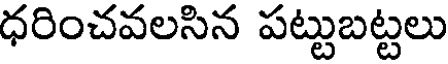
ధరించవలసిన పట్టుబట్టలు